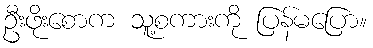
ဦးဖိုးစောက သူ့စကားကို ပြန်မပြော။